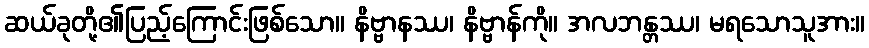
ဆယ်ခုတို့၏ပြည့်ကြောင်းဖြစ်သော။ နိဗ္ဗာနဿ၊ နိဗ္ဗာန်ကို။ အလဘန္တဿ၊ မရသောသူအား။